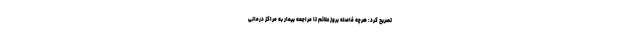
تصریح کرد: هرچه فاصله بروز علائم تا مراجعه بیمار به مراکز درمانی